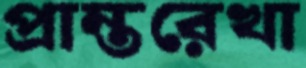
প্রান্তরেখা